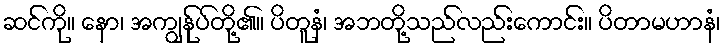
ဆင်ကို။ နော၊ အကျွန်ုပ်တို့၏။ ပိတူနံ၊ အဘတို့သည်လည်းကောင်း။ ပိတာမဟာနံ၊